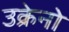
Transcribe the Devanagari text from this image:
उक्रेनो